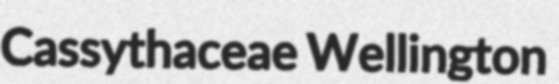
Cassythaceae Wellington